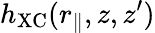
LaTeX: h_{\mathrm{XC}}(r_{\parallel},z,z^{\prime})